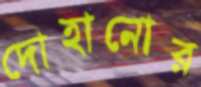
দোহানোর